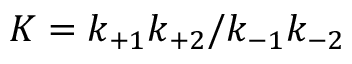
K = k _ { + 1 } k _ { + 2 } / k _ { - 1 } k _ { - 2 }